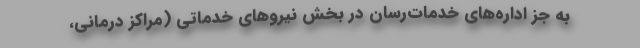
به جز اداره‌های خدمات‌رسان در بخش نیرو‌های خدماتی (مراکز درمانی،